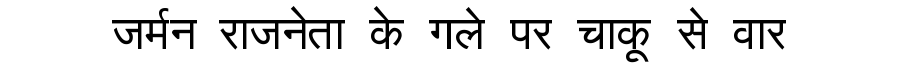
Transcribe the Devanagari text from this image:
जर्मन राजनेता के गले पर चाकू से वार